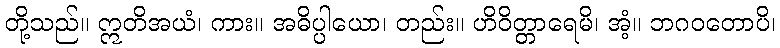
တို့သည်။ ဣတိအယံ၊ ကား။ အဓိပ္ပါယော၊ တည်း။ ဟိဝိတ္တာရေမိ၊ အံ့။ ဘဂဝတောပိ၊